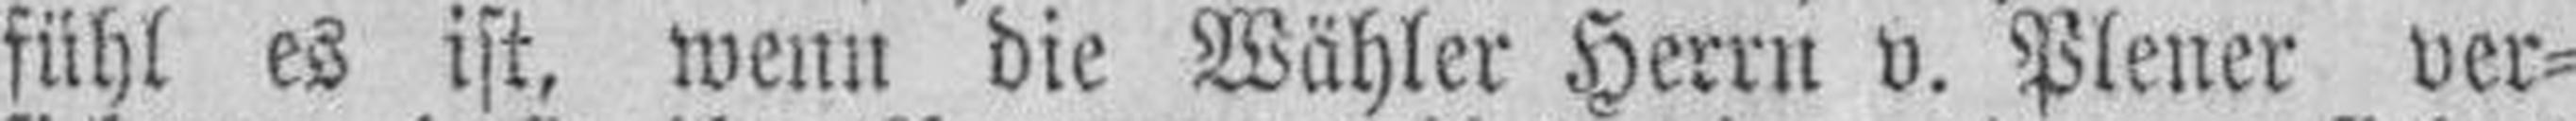
fühl es ist, wenn die Wähler Herrn v. Plener ver¬